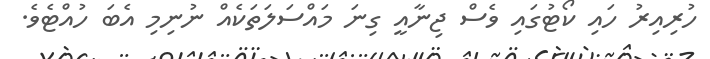
ހުރިއިރު ހައި ކޯޓުގައި ވެސް ޖިނާއީ ގިނަ މައްސަލަތަކެއް ނުނިމި އެބަ ހުއްޓެވެ.